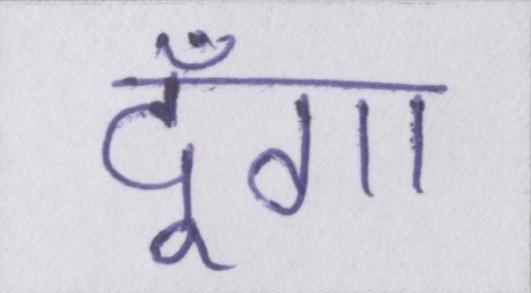
दूँगा